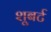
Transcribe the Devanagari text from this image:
शूबर्ट